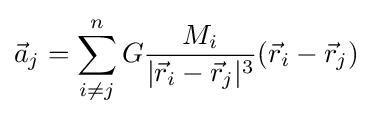
{\vec {a}}_{j}=\sum _{i\neq j}^{n}G{\frac {M_{i}}{|{\vec {r}}_{i}-{\vec {r}}_{j}|^{3}}}({\vec {r}}_{i}-{\vec {r}}_{j})